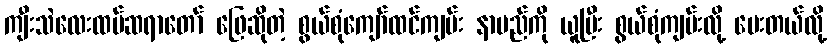
ကျီးသဲလေးထပ်ဆရာတော် ဖြေဆိုတဲ့ စွယ်စုံကျော်ထင်ကျမ်း နာမည်ကို ယူပြီး စွယ်စုံကျမ်းလို့ ပေးတယ်လို့